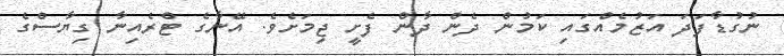
ނުގުޑާފަދަ އަޒުމެއްގައި ކަމުން ދެން ދާން ފެށީ ޖިމަށެވެ. އޭނާގެ ޓްރެއިނާ ގިޔާސްގެ